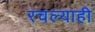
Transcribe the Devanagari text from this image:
रचल्याही